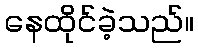
နေထိုင်ခဲ့သည်။